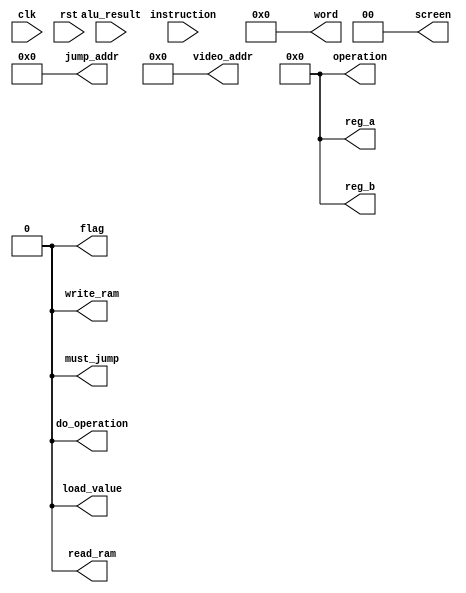
module CU(
    input clk,
    input rst,
    input [15:0] instruction,
    input [7:0] alu_result,
    output reg [3:0] reg_a,
    output reg [3:0] reg_b,
    output reg [3:0] operation,
    output reg do_operation,
    output reg [7:0] word,
    output reg [1:0] screen,
    output reg [11:0] jump_addr,
    output reg must_jump,
    output reg [8:0] video_addr,
    output reg flag,
    output reg write_ram,
    output reg read_ram,
    output reg load_value
    );
initial
    begin
        reg_a <= 0;
        reg_b <= 0;
        operation <= 0;
        do_operation <= 0;
        word <= 0;
        screen <= 0;
        jump_addr <= 0;
        must_jump <= 0;
        video_addr <= 0;
        flag <= 0;
        write_ram <= 0;
        read_ram <= 0;
        load_value <= 0;
    end
always @(rst)
    begin
        if(rst)
            begin
               reg_a <= 0;
               reg_b <= 0;
               operation <= 0;
               do_operation <= 0;
               word <= 0;
               screen <= 0;
               jump_addr <= 0;
               must_jump <= 0;
               video_addr <= 0;
               flag <= 0;
               write_ram <= 0;
               read_ram <= 0;
               load_value <= 0;
            end
    end

always @(posedge clk)
    begin
        if(!rst)
            begin
                $display("CU evaluates %b", instruction[15:12]);
                case(instruction[15:12])
                4'b0000,
                4'b0001,
                4'b0010,
                4'b0011,
                4'b0100,
                4'b0101,
                4'b0110,
                4'b0111,
                4'b1000,
                4'b1001://ADD SUB MUL DIV CMPE CMPG AND OR XOR NOT xxxxREG_VALUE___
                    begin
                        reg_a <= instruction[11:8];
                        reg_b <= 0;
                        word <= instruction[7:0];
                        write_ram <= 0;
                        read_ram <= 0;
                        load_value <= 0;
                        flag <= 0;
                        screen <= 0;
                        video_addr <= 0;
                        must_jump <= 0;
                        operation <= instruction[15:12];
                        do_operation <= 1;
                        $display("Arithmetic for registry %b, value: %b", instruction[11:8], instruction[7:0]);
                    end
                4'b1010://JMP xxxxADDR________
                    begin
                        reg_a <= 0;
                        reg_b <= 0;
                        word <= 0;
                        write_ram <= 0;
                        read_ram <= 0;
                        load_value <= 0;
                        jump_addr <= instruction[11:0];
                        must_jump <= 1;
                        operation <= 0;
                        do_operation <= 0;
                        $display("JMP address %b", instruction[11:0]);
                    end
                4'b1011://DRW xxxxREGWDATA____
                    begin
                        reg_a <= instruction[11:9];
                        reg_b <= 0;
                        word <= instruction[7:0];
                        write_ram <= 0;
                        read_ram <= 0;
                        load_value <= 1;
                        flag <= instruction[8];
                        must_jump <= 0;
                        operation <= 0;
                        do_operation <= 0;
                    end
                4'b1100://MOV xxxxREG_________ ALU copy
                    begin
                        reg_a <= instruction[11:8];
                        reg_b <= 0;
                        word <= alu_result;
                        write_ram <= 0;
                        read_ram <= 0;
                        load_value <= 1;
                        flag <= 0;
                        screen <= 0;
                        video_addr <= 0;
                        must_jump <= 0;
                        operation <= 0;
                        do_operation <= 0;
                    end
                4'b1101://MOV xxxxREG_VALUE___
                    begin
                        reg_a <= instruction[11:8];
                        reg_b <= 0;
                        word <= instruction[7:0];
                        write_ram <= 0;
                        read_ram <= 0;
                        load_value <= 1;
                        flag <= 0;
                        screen <= 0;
                        video_addr <= 0;
                        must_jump <= 0;
                        operation <= 0;
                        do_operation <= 0;
                        $display("MOV value %b into registry %b", instruction[7:0], instruction[11:8]);
                    end
                4'b1110://MOV REG<-RAM xxxxREG_ADDR____
                    begin
                        reg_a <= instruction[11:8];
                        reg_b <= 0;
                        word <= instruction[7:0];
                        write_ram <= 0;
                        read_ram <= 1;
                        load_value <= 1;
                        flag <= 0;
                        screen <= 0;
                        video_addr <= 0;
                        must_jump <= 0;
                        operation <= 0;
                        do_operation <= 0;
                    end
                4'b1111://MOV REG->RAM xxxxREG_ADDR____
                    begin
                        reg_a <= instruction[11:8];
                        reg_b <= 0;
                        word <= instruction[7:0];
                        write_ram <= 1;
                        read_ram <= 0;
                        load_value <= 0;
                        flag <= 0;
                        screen <= 0;
                        video_addr <= 0;
                        must_jump <= 0;
                        operation <= 0;
                        do_operation <= 0;
                    end
                default:
                    begin
                    end
                endcase
            end
    end
endmodule